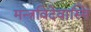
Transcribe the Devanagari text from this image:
मन्त्रविदेवास्मि